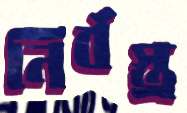
নির্বস্ত্র